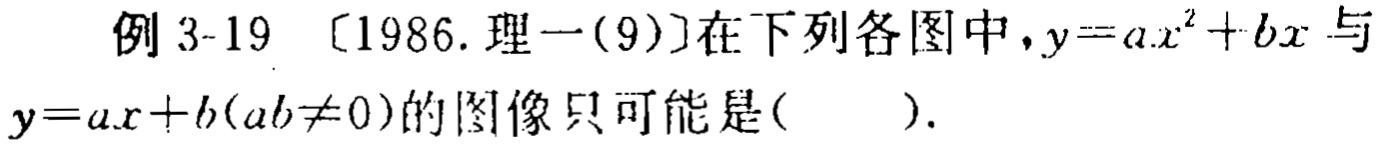
例 3-19 〔1986. 理一(9)〕在下列各图中，$y = ax^{2}+bx$ 与 $y = ax + b(ab\neq0)$的图像只可能是( ).